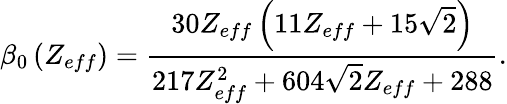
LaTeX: \beta_{0}\left(Z_{eff}\right)=\frac{30Z_{eff}\left(11Z_{eff}+15\sqrt{2}\right)}{217Z_{eff}^{2}+604\sqrt{2}Z_{eff}+288}.